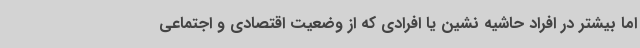
اما بیشتر در افراد حاشیه نشین یا افرادی که از وضعیت اقتصادی و اجتماعی